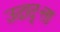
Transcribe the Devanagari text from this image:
उदाद्त्ता